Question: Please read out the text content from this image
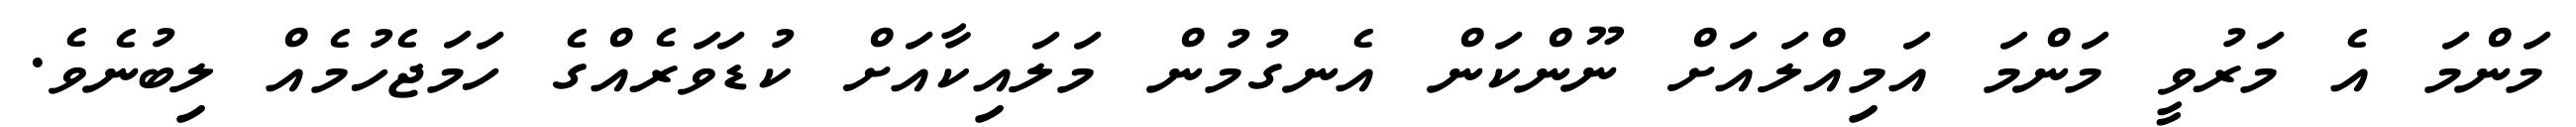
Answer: މަންމަ އެ މަރުވީ މަންމަ އަމިއްލައަށް ނޫންކަން އެނގުމުން މަލައިކާއަށް ކުޑަވަރެއްގެ ހަމަޖެހުމެއް ލިބުނެވެ.